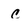
Character: c